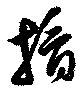
摘